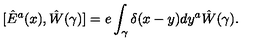
[ \hat { E } ^ { a } ( x ) , \hat { W } ( \gamma ) ] = e \int _ { \gamma } \delta ( x - y ) d y ^ { a } \hat { W } ( \gamma ) .